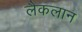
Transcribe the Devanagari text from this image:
लैकलान